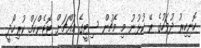
ހޮނިހިރު ދުވަހުގެ ރޭ ކުޅުނު މި މެޗުން ސިޓީގެ މައްޗަށް ޓޮޓެންހަމް ކުރިހޯދީ